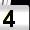
Digit: 4